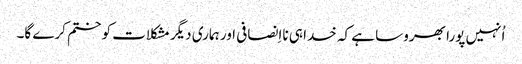
‏ اُنہیں پورا بھروسا ہے کہ خدا ہی نااِنصافی اور ہماری دیگر مشکلات کو ختم کرے گا۔